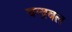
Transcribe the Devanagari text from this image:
चन्द्रबल